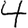
Digit: 4